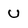
Character: U